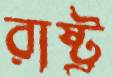
রাষ্ট্র